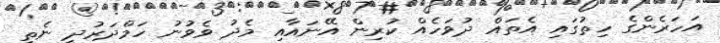
އަހަރެންގެ ހިތުގައި އެތައް ދުވަހެއް ކުރިން އޭނައާއި މެދު ވެވުނު ހަމްދަރުދީ ނެތި